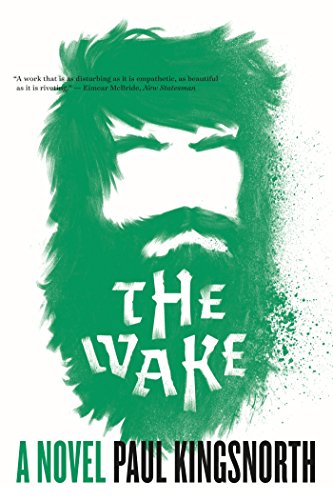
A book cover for The Wake: A Novel; Paul Kingsnorth; Literature & Fiction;